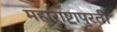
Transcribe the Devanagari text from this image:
महाराष्ट्रापुरती